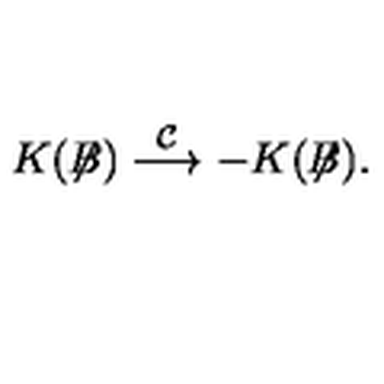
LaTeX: K ( \not { \! \! B } ) \stackrel { { \cal C } } { \longrightarrow } - K ( \not { \! \! B } ) .